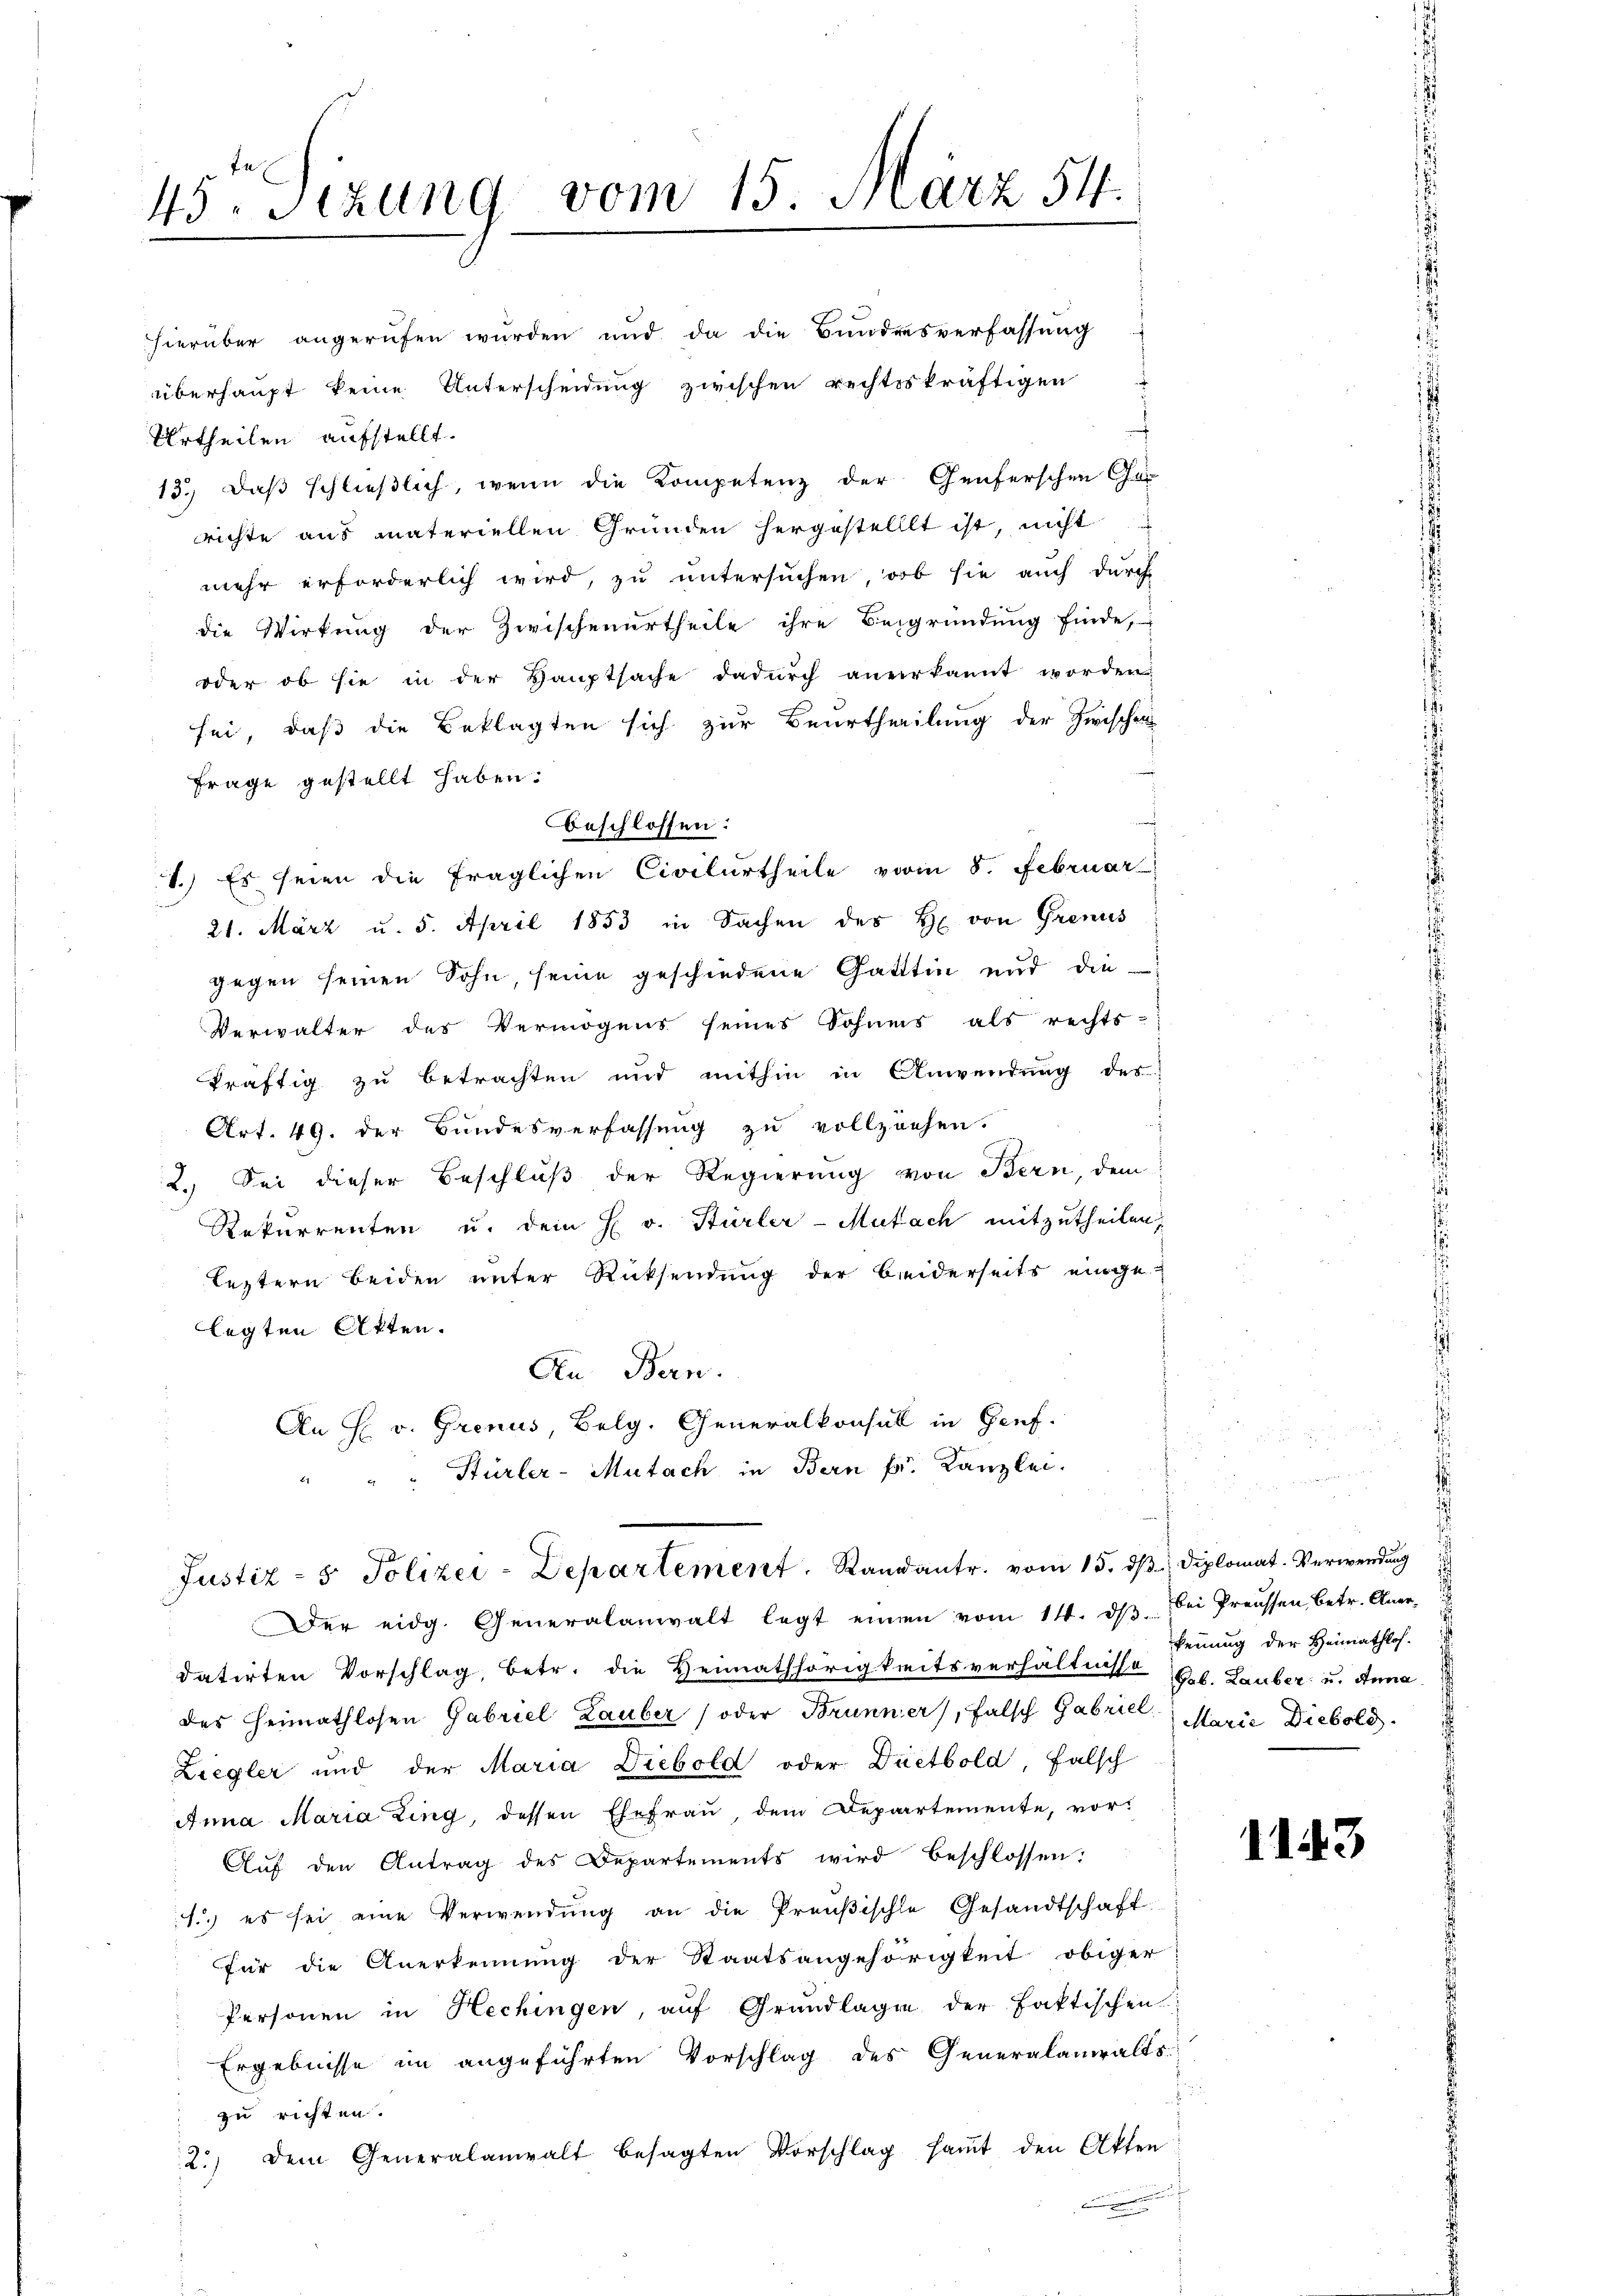
45. Sizung vom 15. März 54.

hierüber angerufen wŭrden und da die Bŭndesverfassŭng
überhaupt keine Unterscheidung zwischen rechtskräftigen
Urtheilen aufstellt.
13.) Daß schließlich, wenn die Kompetenz der Genferschen Co
richte aus materiellen Gründen hergestelllt ist, nicht
mehr erforderlich wird, zu untersuchen, ob sie auch durch
die Wirkung der Zwischenurtheile ihre Begründung finde,
oder ob sie in der Hauptsache dadŭrch anerkannt worden
sei, daß die Beklagten sich zur Beurtheilung der Zwischen
Frage gestellt haben.
Beschlossen:
1.) Es seien die fraglichen Civilurtheile vom 8. Februar
21. März u. 5. April 1853 in Sachen des H. von Grenis
gegen seinen Sohn, seine geschiedene Gatttin und die
Verwalter des Vermögens seines Sohnes als rechts-
kräftig zu betrachten und mithin in Anwendung des
d
Art. 49. der Bundesverfassung zu vollziehen.
2. Sei dieser Beschluß der Regierung von Bern, dem
Rekurrenten u. dem H v. Stürler-Mutach mitzutheilen,
leztern beiden unter Rücksendung der beiderseits einge-
legten Akten.
An Bern.
An H v. Grenus, Belg. Generalkonsul in Genf.
" " " Hürler-Mutach in Bern pr. Kanzlei.
Justiz- & Polizei-Departement. Randantr. vom 15. dβ Diplomat. Verwendung
Der eidg. Generalanwalt legt einen vom 14. dβ bei Preussen, betr. Aner-
datirten Vorschlag, betr. die Heimathörigkeitsverhältnisse geb. Lauber u. Anna
des Heimathlosen Gabriel Lauber (oder Brunner), falsch Gabriel: Marie Diebold
Ziegler und der Maria Diebold oder Duetbold, falsch
Anna Maria Ling, dessen Ehefrau dem Departemente, vor¬
Auf den Antrag des Departements wird beschlossen:
1.) es sei eine Verwendŭng an die Preußische Gesandtschaft
für die Anerkennung der Staatsangehörigkeit obiger
Personen in Hechingen, auf Grundlagen der faktischen
Ergebnisse im angeführten Vorschlag des Generalanwalts-
zu richten.
2.) Dem Generalanwalt besagten Vorschlag saṁt den Akten
n

kennung der Heimathlos

n

1143